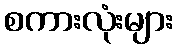
စကားလုံးများ